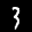
Label: 3